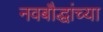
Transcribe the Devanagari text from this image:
नवबौद्धांच्या